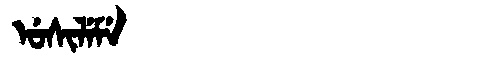
Manchu: ᡠᠰᡳᠯᡝᠮᡝ
Romanization: USILEME